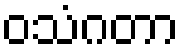
ဝသံဂတာ